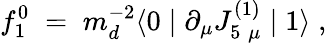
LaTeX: f_{1}^{0}\; =\; m_{d}^{-2}\langle 0\mid\partial_{\mu}J_{5\; \mu}^{(1)}\mid 1\rangle\; ,